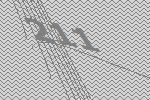
211